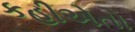
કહીએતો